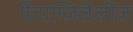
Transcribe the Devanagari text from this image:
पेंटाग्ज़िलेलीज़